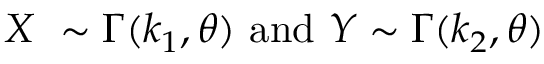
X ~ \sim \Gamma ( k _ { 1 } , \theta ) { \mathrm { ~ a n d ~ } } Y \sim \Gamma ( k _ { 2 } , \theta )